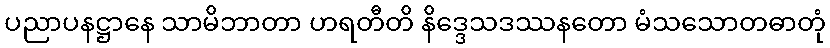
ပညာပနဋ္ဌာနေ သာမိဘာတာ ဟရတီတိ နိဒ္ဒေသဒဿနတော မံသသောတဓာတုံ